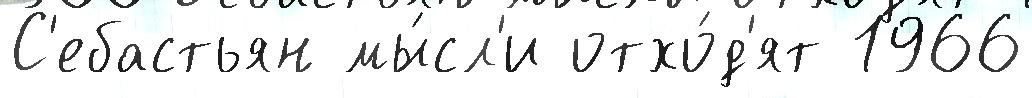
С'ебастьян мы́сл'и отхо́д'ят 1966